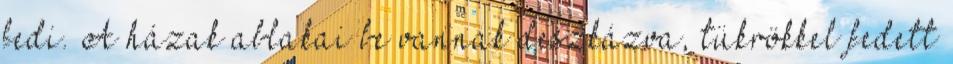
fedi. A házak ablakai be vannak deszkázva, tükrökkel fedett